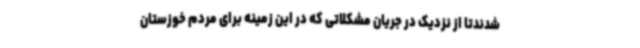
شدندتا از نزدیک در جریان مشکلاتی که در این زمینه برای مردم خوزستان